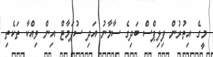
މީގެ އިތުރުން ފިލިޕްސް ބަދިގެ ސާމާނު އަދި ސުޕަމާޓް އިން ވިއްކާ ތަކެތި